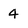
Character: 4